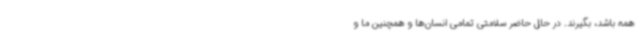
همه باشد، بگیرند. در حال حاضر سلامتی تمامی انسان‌ها و همچنین ما و